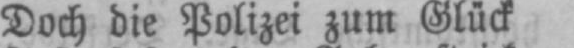
Doch die Polizei zum Glück